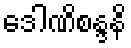
ဒေါဏိစန္ဒနိ